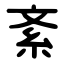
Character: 紊